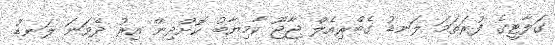
ގަލާޓީގެ ފުރަތަމަ ލަނޑު ގެބްރިއެލް ޖާޖޫ ކާމިޔާބު ކޮށްދިން އިރު ދެވަނަ ލަނޑު